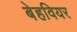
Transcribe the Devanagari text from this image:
बेहवियर